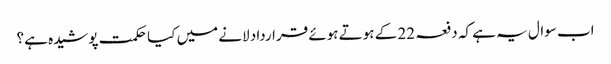
اب سوال یہ ہے کہ دفعہ 22 کے ہوتے ہوئے قرارداد لانے میں کیا حکمت پوشیدہ ہے؟